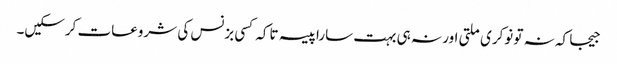
جیجا کہ نہ تو نوکری ملتی اور نہ ہی بہت سارا پیسہ تاکہ کسی بزنس کی شروعات کرسکیں۔